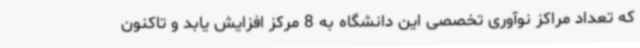
که تعداد مراکز نوآوری تخصصی این دانشگاه به 8 مرکز افزایش یابد و تاکنون